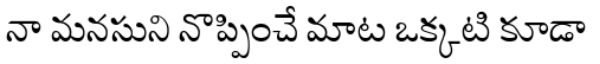
నా మనసుని నొప్పించే మాట ఒక్కటి కూడా